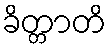
ခိတ္တာတိ